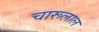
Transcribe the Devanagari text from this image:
चारूलाल